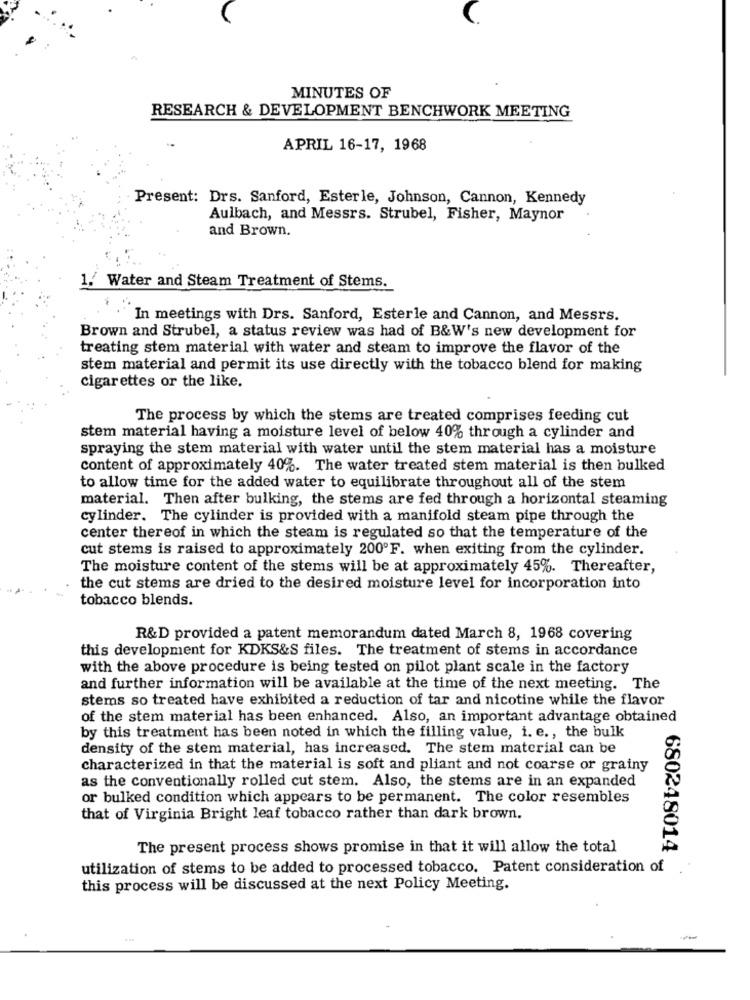
MINUTES OF
RESEARCH & DEVELOPMENT BENCHWORK MEETING
APRIL 16-17, 1968
Present: Drs. Sanford, Esterle, Johnson, Cannon, Kennedy
Aulbach, and Messrs. Strubel, Fisher, Maynor
and Brown.
1. Water and Steam Treatment of Stems.
In meetings with Drs. Sanford, Esterle and Cannon, and Messrs.
Brown and Strubel, a status review was had of B&W's new development for
treating stem material with water and steam to improve the flavor of the
stem material and permit its use directly with the tobacco blend for making
cigarettes or the like.
The process by which the stems are treated comprises feeding cut
stem material having a moisture level of below 40% through a cylinder and
spraying the stem material with water until the stem material has a moisture
content of approximately 40%. The water treated stem material is then bulked
to allow time for the added water to equilibrate throughout all of the stem
material. Then after bulking, the stems are fed through a horizontal steaming
cylinder. The cylinder is provided with a manifold steam pipe through the
center thereof in which the steam is regulated so that the temperature of the
cut stems is raised to approximately 200ºF. when exiting from the cylinder.
The moisture content of the stems will be at approximately 45%. Thereafter,
the cut stems are dried to the desired moisture level for incorporation into
tobacco blends.
R&D provided a patent memorandum dated March 8, 1968 covering
this development for KDKS&S files. The treatment of stems in accordance
with the above procedure is being tested on pilot plant scale in the factory
and further information will be available at the time of the next meeting. The
stems so treated have exhibited a reduction of tar and nicotine while the flavor
of the stem material has been enhanced. Also, an important advantage obtained
by this treatment has been noted in which the filling value, i. e ., the bulk
density of the stem material, has increased. The stem material can be
characterized in that the material is soft and pliant and not coarse or grainy
as the conventionally rolled cut stem. Also, the stems are in an expanded
or bulked condition which appears to be permanent. The color resembles
that of Virginia Bright leaf tobacco rather than dark brown.
The present process shows promise in that it will allow the total
680248014
utilization of stems to be added to processed tobacco. Patent consideration of
this process will be discussed at the next Policy Meeting.